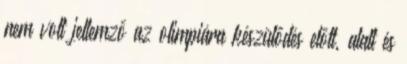
nem volt jellemző az olimpiára készülődés előtt, alatt és